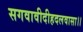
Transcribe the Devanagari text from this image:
सगवावीदीहदलवासा।।